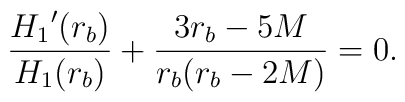
\frac{{H_1}^{\prime}(r_b)}{H_1(r_b)} + \frac{3r_b-5M}{r_b(r_b-2M)}=0.